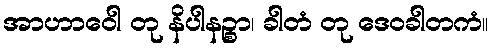
အာဟာဝေါ တု နိပါနဉ္စာ၊ ခါတံ တု ဒေဝခါတကံ။